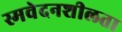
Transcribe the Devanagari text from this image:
स्मवेदनशीलता